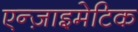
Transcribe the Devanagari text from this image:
एन्ज़ाइमेटिक